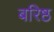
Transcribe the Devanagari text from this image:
बरिष्ठ